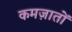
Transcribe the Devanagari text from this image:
कमज़ातों